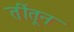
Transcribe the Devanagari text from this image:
तींतून